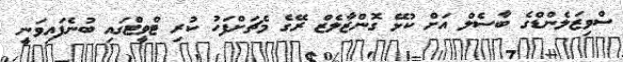
ސްވިޒަލެންޑްގެ ބާސެލް އަށް ކުޅޭ ގޮންޒާލެޒް ރޭގެ މެޗަށްފަހު ކުރި ޓްވީޓްގައި ބުނެފައިވަނީ